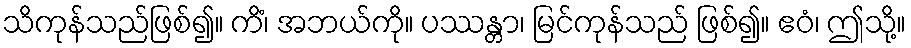
သိကုန်သည်ဖြစ်၍။ ကိံ၊ အဘယ်ကို။ ပဿန္တာ၊ မြင်ကုန်သည် ဖြစ်၍။ ဧဝံ၊ ဤသို့။